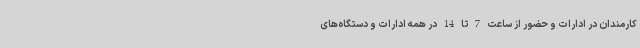
کارمندان در ادارات و حضور از ساعت 7 تا 14 در همه ادارات و دستگاه‌های